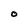
Character: O